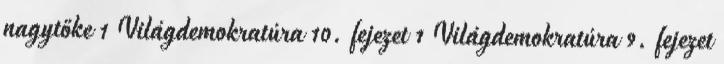
nagytőke 1 Világdemokratúra 10. fejezet 1 Világdemokratúra 9. fejezet